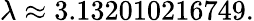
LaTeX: \lambda\approx 3.132010216749.